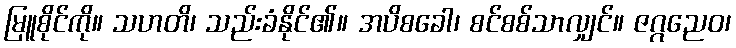
မြူစိုင်ကို။ သဟတိ၊ သည်းခံနိုင်၏။ အပိစခေါ၊ စင်စစ်သာလျှင်။ ဇဂ္ဂညေဝ၊